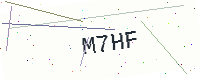
Text: M7HF